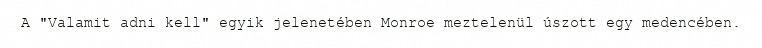
A "Valamit adni kell" egyik jelenetében Monroe meztelenül úszott egy medencében.